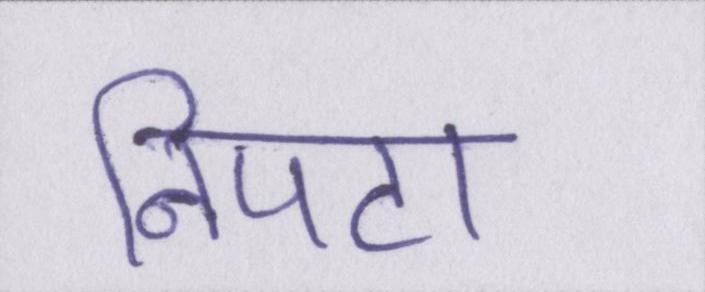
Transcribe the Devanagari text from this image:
निपटा